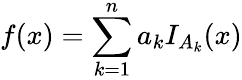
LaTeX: f(x)=\sum_{k=1}^{n}a_{k}I_{A_{k}}(x)